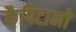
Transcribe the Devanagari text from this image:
कैपिटानो